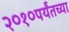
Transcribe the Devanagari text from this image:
२०१०पर्यंतच्या